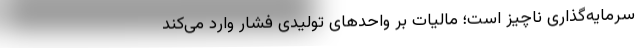
سرمایه‌گذاری ناچیز است؛ مالیات بر واحدهای تولیدی فشار وارد می‌کند